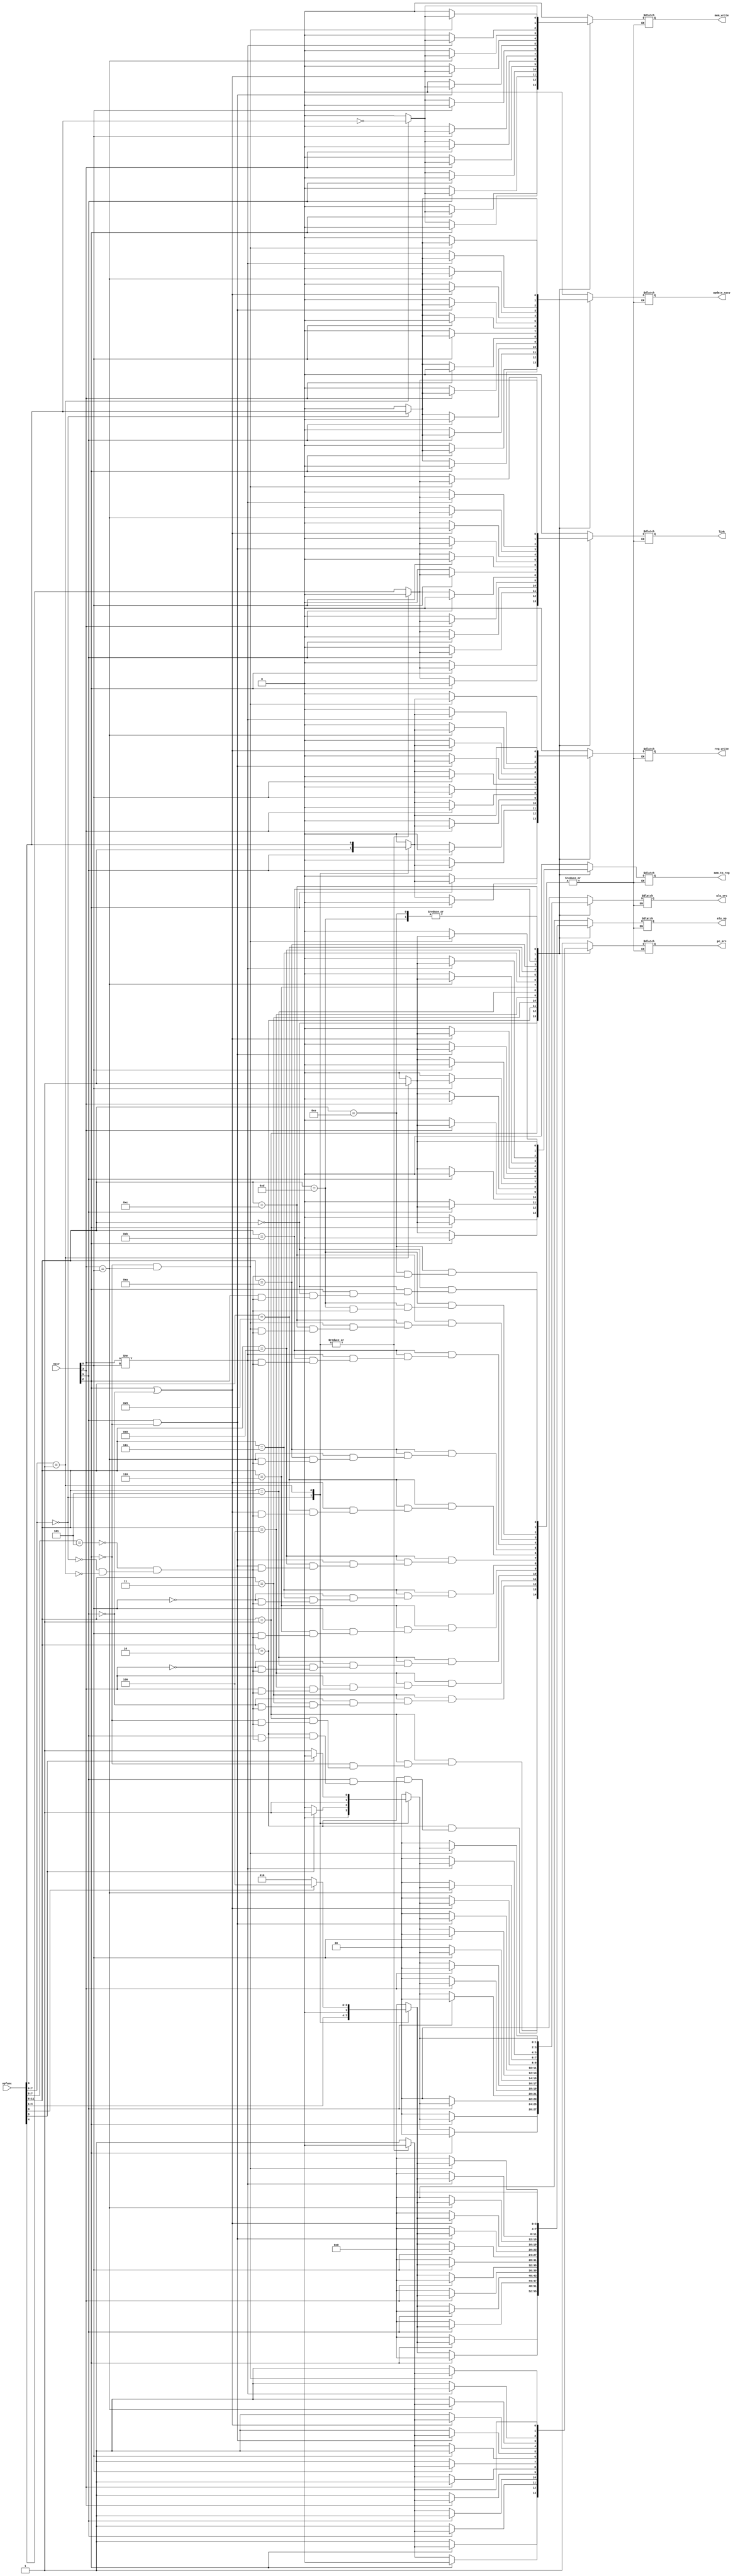
module controller(nzcv,opfunc,reg_write,mem_to_reg,mem_write,pc_src,update_nzcv,link,alu_src,alu_op);


input [3:0]nzcv;
input [11:0]opfunc;

output [0:0]reg_write,mem_to_reg,mem_write,pc_src,update_nzcv,link;
output [1:0]alu_src;
output [3:0]alu_op;

reg [0:0]reg_write,mem_to_reg,mem_write,pc_src,update_nzcv,link;
reg [1:0]alu_src;
reg [3:0]alu_op;

parameter branch_type=8'b101xxxxx;
parameter data_process_type=8'b00xxxxxx;
parameter data_transfer_type=8'b01xxxxxx;


always@(*)begin
	case(opfunc[11:8])
	4'b0000: if(nzcv[2]==1)begin
				casex(opfunc[7:0])
				branch_type:begin
					reg_write=1'b0;
					alu_src=2'b00;
					alu_op=4'b0000;
					mem_to_reg=1'b0;
					mem_write=1'b0;
					pc_src=1'b1;
					update_nzcv=1'b0;
					link=opfunc[4];
					end
				data_process_type:begin
					if(opfunc[4:1]==1000||opfunc[4:1]==1010||opfunc[4:1]==1011) reg_write=1'b0;
					else reg_write=1'b1;
					if(opfunc[5]==1'b0) alu_src=2'b00;
					else alu_src=2'b01;
					alu_op=opfunc[4:1];
					mem_to_reg=1'b0;
					mem_write=1'b0;
					pc_src=1'b0;
					update_nzcv=opfunc[0];
					link=1'b0;
					end
				data_transfer_type:begin
					reg_write=opfunc[0];
					if(opfunc[5]==1'b1) alu_src=2'b10;
					else alu_src=2'b11;
					if(opfunc[3]==1'b1) alu_op=4'b0100;
					else alu_op=4'b0010;
					mem_to_reg=1'b1;
					mem_write=~opfunc[0];
					pc_src=1'b0;
					update_nzcv=1'b0;
					link=1'b0;
					end
				endcase
				end
				
				
				else begin
				reg_write=1'b0;
				alu_src=2'b00;
				alu_op=4'b0000;
				mem_to_reg=1'b0;
				mem_write=1'b0;
				pc_src=1'b1;
				update_nzcv=1'b0;
				link=0;
				end
				
				
				
				
	4'b0001: if(nzcv[2]==0)begin
				casex(opfunc[7:0])
				branch_type:begin
					reg_write=1'b0;
					alu_src=2'b00;
					alu_op=4'b0000;
					mem_to_reg=1'b0;
					mem_write=1'b0;
					pc_src=1'b1;
					update_nzcv=1'b0;
					link=opfunc[4];
					end
				data_process_type:begin
					if(opfunc[4:1]==1000||opfunc[4:1]==1010||opfunc[4:1]==1011) reg_write=1'b0;
					else reg_write=1'b1;
					if(opfunc[5]==1'b0) alu_src=2'b00;
					else alu_src=2'b01;
					alu_op=opfunc[4:1];
					mem_to_reg=1'b0;
					mem_write=1'b0;
					pc_src=1'b0;
					update_nzcv=opfunc[0];
					link=1'b0;
					end
				data_transfer_type:begin
					reg_write=opfunc[0];
					if(opfunc[5]==1'b1) alu_src=2'b10;
					else alu_src=2'b11;
					if(opfunc[3]==1'b1) alu_op=4'b0100;
					else alu_op=4'b0010;
					mem_to_reg=1'b1;
					mem_write=~opfunc[0];
					pc_src=1'b0;
					update_nzcv=1'b0;
					link=1'b0;
					end
				endcase
				end
				
				
				else begin
				reg_write=1'b0;
				alu_src=2'b00;
				alu_op=4'b0000;
				mem_to_reg=1'b0;
				mem_write=1'b0;
				pc_src=1'b0;
				update_nzcv=1'b0;
				link=0;
				end
				
				
				
				
	4'b0010: if(nzcv[1]==1)begin
				casex(opfunc[7:0])
				branch_type:begin
					reg_write=1'b0;
					alu_src=2'b00;
					alu_op=4'b0000;
					mem_to_reg=1'b0;
					mem_write=1'b0;
					pc_src=1'b1;
					update_nzcv=1'b0;
					link=opfunc[4];
					end
				data_process_type:begin
					if(opfunc[4:1]==1000||opfunc[4:1]==1010||opfunc[4:1]==1011) reg_write=1'b0;
					else reg_write=1'b1;
					if(opfunc[5]==1'b0) alu_src=2'b00;
					else alu_src=2'b01;
					alu_op=opfunc[4:1];
					mem_to_reg=1'b0;
					mem_write=1'b0;
					pc_src=1'b0;
					update_nzcv=opfunc[0];
					link=1'b0;
					end
				data_transfer_type:begin
					reg_write=opfunc[0];
					if(opfunc[5]==1'b1) alu_src=2'b10;
					else alu_src=2'b11;
					if(opfunc[3]==1'b1) alu_op=4'b0100;
					else alu_op=4'b0010;
					mem_to_reg=1'b1;
					mem_write=~opfunc[0];
					pc_src=1'b0;
					update_nzcv=1'b0;
					link=1'b0;
					end
				endcase
				end
				
				
				else begin
				reg_write=1'b0;
				alu_src=2'b00;
				alu_op=4'b0000;
				mem_to_reg=1'b0;
				mem_write=1'b0;
				pc_src=1'b1;
				update_nzcv=1'b0;
				link=0;
				end
				
				
				
				
	4'b0011: if(nzcv[1]==0)begin
				casex(opfunc[7:0])
				branch_type:begin
					reg_write=1'b0;
					alu_src=2'b00;
					alu_op=4'b0000;
					mem_to_reg=1'b0;
					mem_write=1'b0;
					pc_src=1'b1;
					update_nzcv=1'b0;
					link=opfunc[4];
					end
				data_process_type:begin
					if(opfunc[4:1]==1000||opfunc[4:1]==1010||opfunc[4:1]==1011) reg_write=1'b0;
					else reg_write=1'b1;
					if(opfunc[5]==1'b0) alu_src=2'b00;
					else alu_src=2'b01;
					alu_op=opfunc[4:1];
					mem_to_reg=1'b0;
					mem_write=1'b0;
					pc_src=1'b0;
					update_nzcv=opfunc[0];
					link=1'b0;
					end
				data_transfer_type:begin
					reg_write=opfunc[0];
					if(opfunc[5]==1'b1) alu_src=2'b10;
					else alu_src=2'b11;
					if(opfunc[3]==1'b1) alu_op=4'b0100;
					else alu_op=4'b0010;
					mem_to_reg=1'b1;
					mem_write=~opfunc[0];
					pc_src=1'b0;
					update_nzcv=1'b0;
					link=1'b0;
					end
				endcase
				end
				
				
				else begin
				reg_write=1'b0;
				alu_src=2'b00;
				alu_op=4'b0000;
				mem_to_reg=1'b0;
				mem_write=1'b0;
				pc_src=1'b1;
				update_nzcv=1'b0;
				link=0;
				end
				
				
				
				
	4'b0100: if(nzcv[3]==1)begin
				casex(opfunc[7:0])
				branch_type:begin
					reg_write=1'b0;
					alu_src=2'b00;
					alu_op=4'b0000;
					mem_to_reg=1'b0;
					mem_write=1'b0;
					pc_src=1'b1;
					update_nzcv=1'b0;
					link=opfunc[4];
					end
				data_process_type:begin
					if(opfunc[4:1]==1000||opfunc[4:1]==1010||opfunc[4:1]==1011) reg_write=1'b0;
					else reg_write=1'b1;
					if(opfunc[5]==1'b0) alu_src=2'b00;
					else alu_src=2'b01;
					alu_op=opfunc[4:1];
					mem_to_reg=1'b0;
					mem_write=1'b0;
					pc_src=1'b0;
					update_nzcv=opfunc[0];
					link=1'b0;
					end
				data_transfer_type:begin
					reg_write=opfunc[0];
					if(opfunc[5]==1'b1) alu_src=2'b10;
					else alu_src=2'b11;
					if(opfunc[3]==1'b1) alu_op=4'b0100;
					else alu_op=4'b0010;
					mem_to_reg=1'b1;
					mem_write=~opfunc[0];
					pc_src=1'b0;
					update_nzcv=1'b0;
					link=1'b0;
					end
				endcase
				end
				
				
				else begin
				reg_write=1'b0;
				alu_src=2'b00;
				alu_op=4'b0000;
				mem_to_reg=1'b0;
				mem_write=1'b0;
				pc_src=1'b1;
				update_nzcv=1'b0;
				link=0;
				end
				
				
				
				
	4'b0101: if(nzcv[3]==0)begin
				casex(opfunc[7:0])
				branch_type:begin
					reg_write=1'b0;
					alu_src=2'b00;
					alu_op=4'b0000;
					mem_to_reg=1'b0;
					mem_write=1'b0;
					pc_src=1'b1;
					update_nzcv=1'b0;
					link=opfunc[4];
					end
				data_process_type:begin
					if(opfunc[4:1]==1000||opfunc[4:1]==1010||opfunc[4:1]==1011) reg_write=1'b0;
					else reg_write=1'b1;
					if(opfunc[5]==1'b0) alu_src=2'b00;
					else alu_src=2'b01;
					alu_op=opfunc[4:1];
					mem_to_reg=1'b0;
					mem_write=1'b0;
					pc_src=1'b0;
					update_nzcv=opfunc[0];
					link=1'b0;
					end
				data_transfer_type:begin
					reg_write=opfunc[0];
					if(opfunc[5]==1'b1) alu_src=2'b10;
					else alu_src=2'b11;
					if(opfunc[3]==1'b1) alu_op=4'b0100;
					else alu_op=4'b0010;
					mem_to_reg=1'b1;
					mem_write=~opfunc[0];
					pc_src=1'b0;
					update_nzcv=1'b0;
					link=1'b0;
					end
				endcase
				end
				
				
				else begin
				reg_write=1'b0;
				alu_src=2'b00;
				alu_op=4'b0000;
				mem_to_reg=1'b0;
				mem_write=1'b0;
				pc_src=1'b1;
				update_nzcv=1'b0;
				link=0;
				end
				
				
				
				
	4'b0110: if(nzcv[0]==1)begin
				casex(opfunc[7:0])
				branch_type:begin
					reg_write=1'b0;
					alu_src=2'b00;
					alu_op=4'b0000;
					mem_to_reg=1'b0;
					mem_write=1'b0;
					pc_src=1'b1;
					update_nzcv=1'b0;
					link=opfunc[4];
					end
				data_process_type:begin
					if(opfunc[4:1]==1000||opfunc[4:1]==1010||opfunc[4:1]==1011) reg_write=1'b0;
					else reg_write=1'b1;
					if(opfunc[5]==1'b0) alu_src=2'b00;
					else alu_src=2'b01;
					alu_op=opfunc[4:1];
					mem_to_reg=1'b0;
					mem_write=1'b0;
					pc_src=1'b0;
					update_nzcv=opfunc[0];
					link=1'b0;
					end
				data_transfer_type:begin
					reg_write=opfunc[0];
					if(opfunc[5]==1'b1) alu_src=2'b10;
					else alu_src=2'b11;
					if(opfunc[3]==1'b1) alu_op=4'b0100;
					else alu_op=4'b0010;
					mem_to_reg=1'b1;
					mem_write=~opfunc[0];
					pc_src=1'b0;
					update_nzcv=1'b0;
					link=1'b0;
					end
				endcase
				end
				
				else begin
				reg_write=1'b0;
				alu_src=2'b00;
				alu_op=4'b0000;
				mem_to_reg=1'b0;
				mem_write=1'b0;
				pc_src=1'b1;
				update_nzcv=1'b0;
				link=0;
				end
				
				
				
				
	4'b0111: if(nzcv[0]==0)begin
				casex(opfunc[7:0])
				branch_type:begin
					reg_write=1'b0;
					alu_src=2'b00;
					alu_op=4'b0000;
					mem_to_reg=1'b0;
					mem_write=1'b0;
					pc_src=1'b1;
					update_nzcv=1'b0;
					link=opfunc[4];
					end
				data_process_type:begin
					if(opfunc[4:1]==1000||opfunc[4:1]==1010||opfunc[4:1]==1011) reg_write=1'b0;
					else reg_write=1'b1;
					if(opfunc[5]==1'b0) alu_src=2'b00;
					else alu_src=2'b01;
					alu_op=opfunc[4:1];
					mem_to_reg=1'b0;
					mem_write=1'b0;
					pc_src=1'b0;
					update_nzcv=opfunc[0];
					link=1'b0;
					end
				data_transfer_type:begin
					reg_write=opfunc[0];
					if(opfunc[5]==1'b1) alu_src=2'b10;
					else alu_src=2'b11;
					if(opfunc[3]==1'b1) alu_op=4'b0100;
					else alu_op=4'b0010;
					mem_to_reg=1'b1;
					mem_write=~opfunc[0];
					pc_src=1'b0;
					update_nzcv=1'b0;
					link=1'b0;
					end
				endcase
				end
				
				else begin
				reg_write=1'b0;
				alu_src=2'b00;
				alu_op=4'b0000;
				mem_to_reg=1'b0;
				mem_write=1'b0;
				pc_src=1'b1;
				update_nzcv=1'b0;
				link=0;
				end
				
				
				
				
	4'b1000: if(nzcv[1]==1&&nzcv[2]==0)begin
				casex(opfunc[7:0])
				branch_type:begin
					reg_write=1'b0;
					alu_src=2'b00;
					alu_op=4'b0000;
					mem_to_reg=1'b0;
					mem_write=1'b0;
					pc_src=1'b1;
					update_nzcv=1'b0;
					link=opfunc[4];
					end
				data_process_type:begin
					if(opfunc[4:1]==1000||opfunc[4:1]==1010||opfunc[4:1]==1011) reg_write=1'b0;
					else reg_write=1'b1;
					if(opfunc[5]==1'b0) alu_src=2'b00;
					else alu_src=2'b01;
					alu_op=opfunc[4:1];
					mem_to_reg=1'b0;
					mem_write=1'b0;
					pc_src=1'b0;
					update_nzcv=opfunc[0];
					link=1'b0;
					end
				data_transfer_type:begin
					reg_write=opfunc[0];
					if(opfunc[5]==1'b1) alu_src=2'b10;
					else alu_src=2'b11;
					if(opfunc[3]==1'b1) alu_op=4'b0100;
					else alu_op=4'b0010;
					mem_to_reg=1'b1;
					mem_write=~opfunc[0];
					pc_src=1'b0;
					update_nzcv=1'b0;
					link=1'b0;
					end
				endcase
				end
				
				else begin
				reg_write=1'b0;
				alu_src=2'b00;
				alu_op=4'b0000;
				mem_to_reg=1'b0;
				mem_write=1'b0;
				pc_src=1'b1;
				update_nzcv=1'b0;
				link=0;
				end
				
				
				
				
	4'b1001: if(nzcv[2]==1||nzcv[1]==0)begin
				casex(opfunc[7:0])
				branch_type:begin
					reg_write=1'b0;
					alu_src=2'b00;
					alu_op=4'b0000;
					mem_to_reg=1'b0;
					mem_write=1'b0;
					pc_src=1'b1;
					update_nzcv=1'b0;
					link=opfunc[4];
					end
				data_process_type:begin
					if(opfunc[4:1]==1000||opfunc[4:1]==1010||opfunc[4:1]==1011) reg_write=1'b0;
					else reg_write=1'b1;
					if(opfunc[5]==1'b0) alu_src=2'b00;
					else alu_src=2'b01;
					alu_op=opfunc[4:1];
					mem_to_reg=1'b0;
					mem_write=1'b0;
					pc_src=1'b0;
					update_nzcv=opfunc[0];
					link=1'b0;
					end
				data_transfer_type:begin
					reg_write=opfunc[0];
					if(opfunc[5]==1'b1) alu_src=2'b10;
					else alu_src=2'b11;
					if(opfunc[3]==1'b1) alu_op=4'b0100;
					else alu_op=4'b0010;
					mem_to_reg=1'b1;
					mem_write=~opfunc[0];
					pc_src=1'b0;
					update_nzcv=1'b0;
					link=1'b0;
					end
				endcase
				end
				
				
				else begin
				reg_write=1'b0;
				alu_src=2'b00;
				alu_op=4'b0000;
				mem_to_reg=1'b0;
				mem_write=1'b0;
				pc_src=1'b1;
				update_nzcv=1'b0;
				link=0;
				end
				
				
				
				
	4'b1010: if(nzcv[3]==nzcv[0])begin
				casex(opfunc[7:0])
				branch_type:begin
					reg_write=1'b0;
					alu_src=2'b00;
					alu_op=4'b0000;
					mem_to_reg=1'b0;
					mem_write=1'b0;
					pc_src=1'b1;
					update_nzcv=1'b0;
					link=opfunc[4];
					end
				data_process_type:begin
					if(opfunc[4:1]==1000||opfunc[4:1]==1010||opfunc[4:1]==1011) reg_write=1'b0;
					else reg_write=1'b1;
					if(opfunc[5]==1'b0) alu_src=2'b00;
					else alu_src=2'b01;
					alu_op=opfunc[4:1];
					mem_to_reg=1'b0;
					mem_write=1'b0;
					pc_src=1'b0;
					update_nzcv=opfunc[0];
					link=1'b0;
					end
				data_transfer_type:begin
					reg_write=opfunc[0];
					if(opfunc[5]==1'b1) alu_src=2'b10;
					else alu_src=2'b11;
					if(opfunc[3]==1'b1) alu_op=4'b0100;
					else alu_op=4'b0010;
					mem_to_reg=1'b1;
					mem_write=~opfunc[0];
					pc_src=1'b0;
					update_nzcv=1'b0;
					link=1'b0;
					end
				endcase
				end
				
				
				else begin
				reg_write=1'b0;
				alu_src=2'b00;
				alu_op=4'b0000;
				mem_to_reg=1'b0;
				mem_write=1'b0;
				pc_src=1'b1;
				update_nzcv=1'b0;
				link=0;
				end
				
				
				
				
	4'b1011: if(nzcv[3]!=nzcv[0])begin
				casex(opfunc[7:0])
				branch_type:begin
					reg_write=1'b0;
					alu_src=2'b00;
					alu_op=4'b0000;
					mem_to_reg=1'b0;
					mem_write=1'b0;
					pc_src=1'b1;
					update_nzcv=1'b0;
					link=opfunc[4];
					end
				data_process_type:begin
					if(opfunc[4:1]==1000||opfunc[4:1]==1010||opfunc[4:1]==1011) reg_write=1'b0;
					else reg_write=1'b1;
					if(opfunc[5]==1'b0) alu_src=2'b00;
					else alu_src=2'b01;
					alu_op=opfunc[4:1];
					mem_to_reg=1'b0;
					mem_write=1'b0;
					pc_src=1'b0;
					update_nzcv=opfunc[0];
					link=1'b0;
					end
				data_transfer_type:begin
					reg_write=opfunc[0];
					if(opfunc[5]==1'b1) alu_src=2'b10;
					else alu_src=2'b11;
					if(opfunc[3]==1'b1) alu_op=4'b0100;
					else alu_op=4'b0010;
					mem_to_reg=1'b1;
					mem_write=~opfunc[0];
					pc_src=1'b0;
					update_nzcv=1'b0;
					link=1'b0;
					end
				endcase
				end
				
				
				else begin
				reg_write=1'b0;
				alu_src=2'b00;
				alu_op=4'b0000;
				mem_to_reg=1'b0;
				mem_write=1'b0;
				pc_src=1'b1;
				update_nzcv=1'b0;
				link=0;
				end
				
				
				
				
	4'b1100: if(nzcv[2]==0&&nzcv[3]==nzcv[0])begin
				casex(opfunc[7:0])
				branch_type:begin
					reg_write=1'b0;
					alu_src=2'b00;
					alu_op=4'b0000;
					mem_to_reg=1'b0;
					mem_write=1'b0;
					pc_src=1'b1;
					update_nzcv=1'b0;
					link=opfunc[4];
					end
				data_process_type:begin
					if(opfunc[4:1]==1000||opfunc[4:1]==1010||opfunc[4:1]==1011) reg_write=1'b0;
					else reg_write=1'b1;
					if(opfunc[5]==1'b0) alu_src=2'b00;
					else alu_src=2'b01;
					alu_op=opfunc[4:1];
					mem_to_reg=1'b0;
					mem_write=1'b0;
					pc_src=1'b0;
					update_nzcv=opfunc[0];
					link=1'b0;
					end
				data_transfer_type:begin
					reg_write=opfunc[0];
					if(opfunc[5]==1'b1) alu_src=2'b10;
					else alu_src=2'b11;
					if(opfunc[3]==1'b1) alu_op=4'b0100;
					else alu_op=4'b0010;
					mem_to_reg=1'b1;
					mem_write=~opfunc[0];
					pc_src=1'b0;
					update_nzcv=1'b0;
					link=1'b0;
					end
				endcase
				end
				
				
				else begin
				reg_write=1'b0;
				alu_src=2'b00;
				alu_op=4'b0000;
				mem_to_reg=1'b0;
				mem_write=1'b0;
				pc_src=1'b1;
				update_nzcv=1'b0;
				link=0;
				end
				
				
				
				
	4'b1101: if(nzcv[2]==0||nzcv[2]==1||nzcv[3]!=nzcv[0])begin
				casex(opfunc[7:0])
				branch_type:begin
					reg_write=1'b0;
					alu_src=2'b00;
					alu_op=4'b0000;
					mem_to_reg=1'b0;
					mem_write=1'b0;
					pc_src=1'b1;
					update_nzcv=1'b0;
					link=opfunc[4];
					end
				data_process_type:begin
					if(opfunc[4:1]==1000||opfunc[4:1]==1010||opfunc[4:1]==1011) reg_write=1'b0;
					else reg_write=1'b1;
					if(opfunc[5]==1'b0) alu_src=2'b00;
					else alu_src=2'b01;
					alu_op=opfunc[4:1];
					mem_to_reg=1'b0;
					mem_write=1'b0;
					pc_src=1'b0;
					update_nzcv=opfunc[0];
					link=1'b0;
					end
				data_transfer_type:begin
					reg_write=opfunc[0];
					if(opfunc[5]==1'b1) alu_src=2'b10;
					else alu_src=2'b11;
					if(opfunc[3]==1'b1) alu_op=4'b0100;
					else alu_op=4'b0010;
					mem_to_reg=1'b1;
					mem_write=~opfunc[0];
					pc_src=1'b0;
					update_nzcv=1'b0;
					link=1'b0;
					end
				endcase
				end
				
				
				else begin
				reg_write=1'b0;
				alu_src=2'b00;
				alu_op=4'b0000;
				mem_to_reg=1'b0;
				mem_write=1'b0;
				pc_src=1'b1;
				update_nzcv=1'b0;
				link=0;
				end
				
				
				
				
	4'b1110: 
				casex(opfunc[7:0])
				branch_type:begin
					reg_write=1'b0;
					alu_src=2'b00;
					alu_op=4'b0000;
					mem_to_reg=1'b0;
					mem_write=1'b0;
					pc_src=1'b1;
					update_nzcv=1'b0;
					link=opfunc[4];
					end
				data_process_type:begin
					if(opfunc[4:1]==1000||opfunc[4:1]==1010||opfunc[4:1]==1011) reg_write=1'b0;
					else reg_write=1'b1;
					if(opfunc[5]==1'b0) alu_src=2'b00;
					else alu_src=2'b01;
					alu_op=opfunc[4:1];
					mem_to_reg=1'b0;
					mem_write=1'b0;
					pc_src=1'b0;
					update_nzcv=opfunc[0];
					link=1'b0;
					end
				data_transfer_type:begin
					reg_write=opfunc[0];
					if(opfunc[5]==1'b1) alu_src=2'b10;
					else alu_src=2'b11;
					if(opfunc[3]==1'b1) alu_op=4'b0100;
					else alu_op=4'b0010;
					mem_to_reg=1'b1;
					mem_write=~opfunc[0];
					pc_src=1'b0;
					update_nzcv=1'b0;
					link=1'b0;
					end
				endcase
	default:	begin
				reg_write=1'b0;
				alu_src=2'b00;
				alu_op=4'b0000;
				mem_to_reg=1'b0;
				mem_write=1'b0;
				pc_src=1'b1;
				update_nzcv=1'b0;
				link=0;
				end
	endcase
end

endmodule